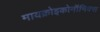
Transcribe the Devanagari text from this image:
मायक्रोइकोनॉमिक्स